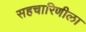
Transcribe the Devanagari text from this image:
सहचारिणीला